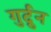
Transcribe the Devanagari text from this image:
गुर्द्रुन